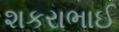
શકરાભાઈ